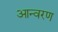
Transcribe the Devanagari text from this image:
आन्वरण